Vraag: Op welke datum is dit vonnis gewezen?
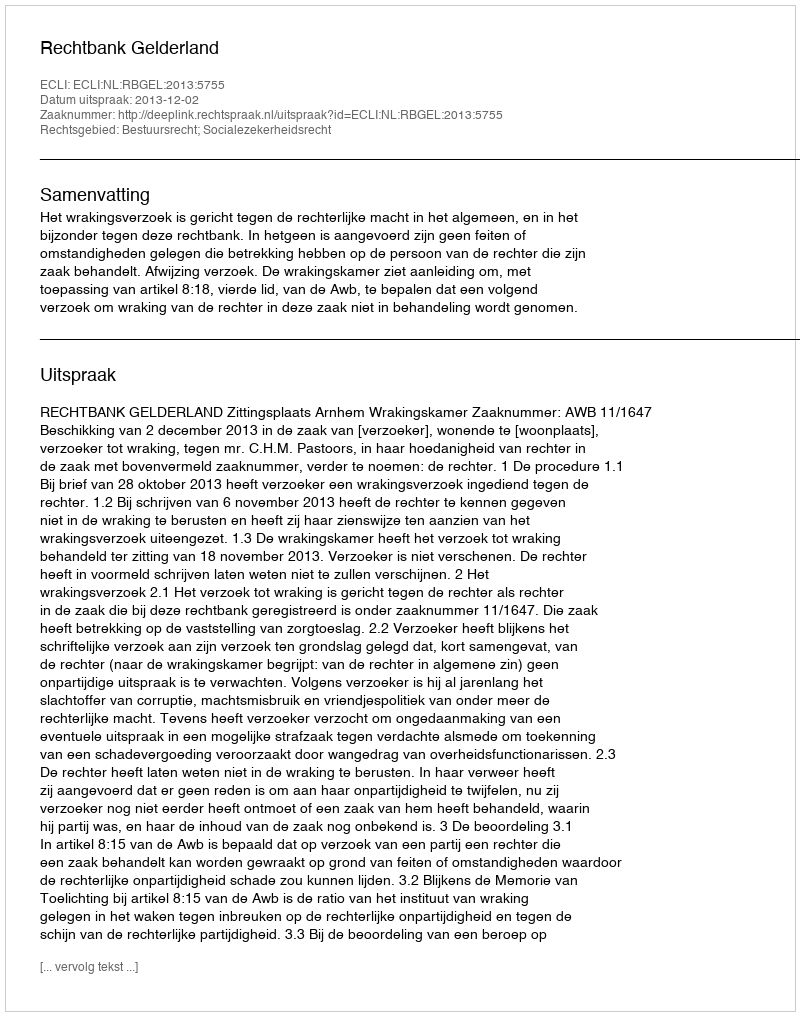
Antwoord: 2013-12-02